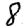
Digit: 8